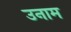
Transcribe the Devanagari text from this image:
उनाम